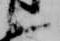
言